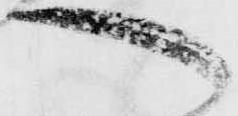
へ